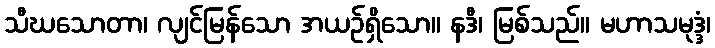
သီဃသောတာ၊ လျင်မြန်သော အယဉ်ရှိသော။ နဒီ၊ မြစ်သည်။ မဟာသမုဒ္ဒံ၊